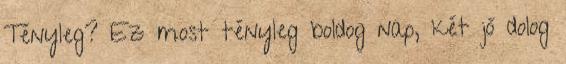
Tényleg? Ez most tényleg boldog nap, két jó dolog